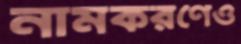
নামকরণেও